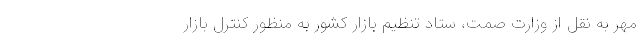
مهر به نقل از وزارت صمت، ستاد تنظیم بازار کشور به منظور کنترل بازار